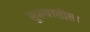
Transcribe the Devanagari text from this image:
सु्रुवातीला